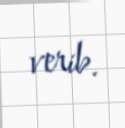
verib.